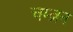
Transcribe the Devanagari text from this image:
चम्ब्रून